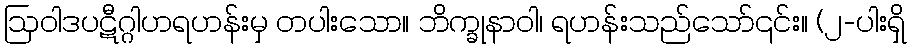
ဩဝါဒပဋီဂ္ဂါဟရဟန်းမှ တပါးသော။ ဘိက္ခုနာဝါ၊ ရဟန်းသည်သော်၎င်း။ (၂-ပါးရှိ